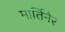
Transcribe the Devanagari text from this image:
मार्तिनैर